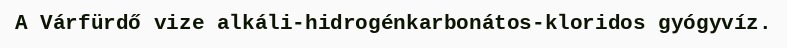
A Várfürdő vize alkáli-hidrogénkarbonátos-kloridos gyógyvíz.